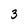
Character: 3